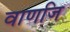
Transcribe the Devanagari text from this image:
वाणजि